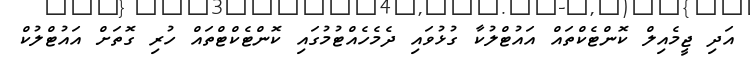
އަދި ޖީމެއިލް ކޮންޓެކްތައް އައުޓްލުކާ ގުޅުވައި ދެމެހެއްޓުމުގައި ކޮންޓެކްޓްތައް ހުރި ގޮތަށް އައުޓްލުކް